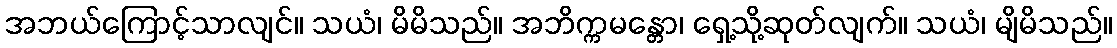
အဘယ်ကြောင့်သာလျင်။ သယံ၊ မိမိသည်။ အဘိက္ကမန္တော၊ ရှေ့သို့ဆုတ်လျက်။ သယံ၊ မျိမိသည်။